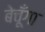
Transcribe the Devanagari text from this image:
बेचूँगा